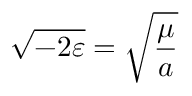
{ \sqrt { - 2 \varepsilon } } = { \sqrt { \frac { \mu } { a } } }